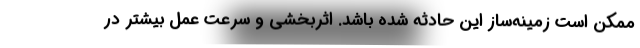
ممکن است زمینه‌ساز این حادثه شده باشد. اثربخشی و سرعت عمل بیشتر در